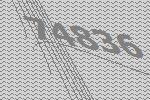
74836